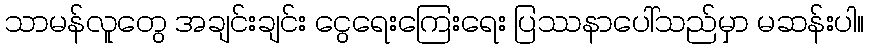
သာမန်လူတွေ အချင်းချင်း ငွေရေးကြေးရေး ပြဿနာပေါ်သည်မှာ မဆန်းပါ။